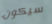
سيكون